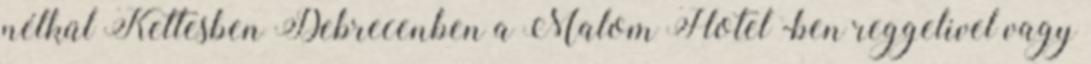
nélkül Kettesben Debrecenben a Malom Hotel -ben reggelivel vagy